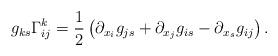
LaTeX: \begin{align*}g_{ks}\Gamma_{ij}^k=\frac{1}{2}\left({\partial_{x_i} g_{js}}+\partial_{x_j}{ g_{is}}-\partial_{x_s}g_{ij}\right).\end{align*}